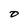
Character: 0